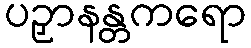
ပဉှာနန္တကရော